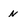
Character: N